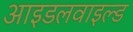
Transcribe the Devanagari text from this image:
आइडलवाइल्ड